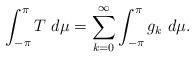
LaTeX: \begin{align*}\int_{-\pi}^\pi T\ d\mu = \sum_{k = 0}^\infty \int_{-\pi}^\pi g_k\ d\mu.\end{align*}